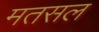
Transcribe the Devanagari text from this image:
मतसल